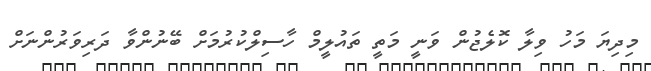
މިދިޔަ މަހު ވިލާ ކޮލެޖުން ވަނީ މަތީ ތައުލީމް ހާސިލްކުރުމަށް ބޭނުންވާ ދަރިވަރުންނަށް